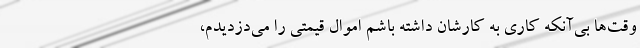
وقت‌ها بی‌آنکه کاری به کارشان داشته باشم اموال قیمتی را می‌دزدیدم،